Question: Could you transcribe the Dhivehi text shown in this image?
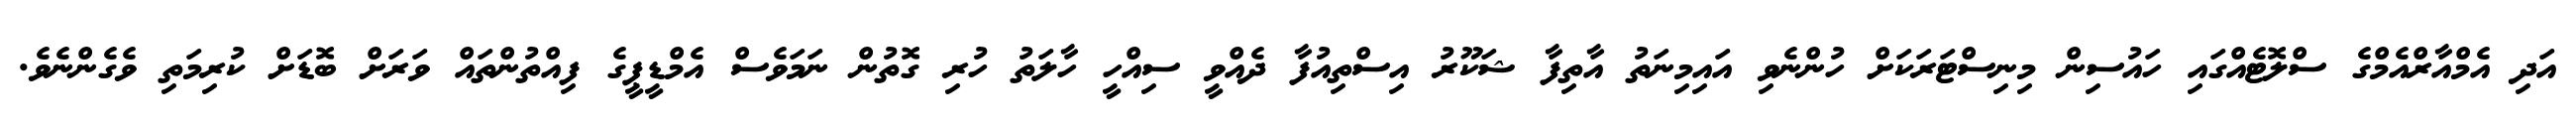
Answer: އަދި އެމްއާރްއެމްގެ ސްލޮޓެއްގައި ހައުސިން މިނިސްޓަރަކަށް ހުންނެވި އައިމިނަތު އާތިފާ ޝަކޫރު އިސްތިއުފާ ދެއްވީ ސިއްހީ ހާލަތު ހުރި ގޮތުން ނަމަވެސް އެމްޑީޕީގެ ފިއްތުންތައް ވަރަށް ބޮޑަށް ކުރިމަތި ވެގެންނެވެ.